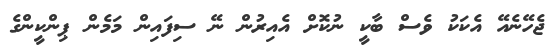
ޖެހޭނެއޭ އެކަކު ވެސް ބާކީ ނުކޮށް އެއިރުން ނޭ ސިފައިން މަމެން ޕިންކީންގެ